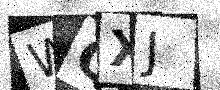
Text: WQXJ